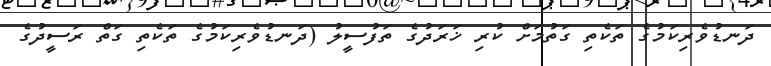
ދަނޑުވެރިކަމުގެ ތަކެތި ގަތުމަށް ކުރި ޚަރަދުގެ ތަފުސީލު (ދަނޑުވެރިކަމުގެ ތަކެތި ގަތް ރަސީދުގެ